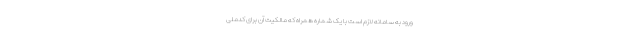
ورود به سامانه لازم است با یک شماره همراه که مالکیت آن برای کدملی